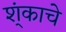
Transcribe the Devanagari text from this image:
श्ंकाचे